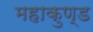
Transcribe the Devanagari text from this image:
महाकुण्ड